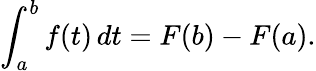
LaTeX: \int_{a}^{b}f(t)\, dt=F(b)-F(a).